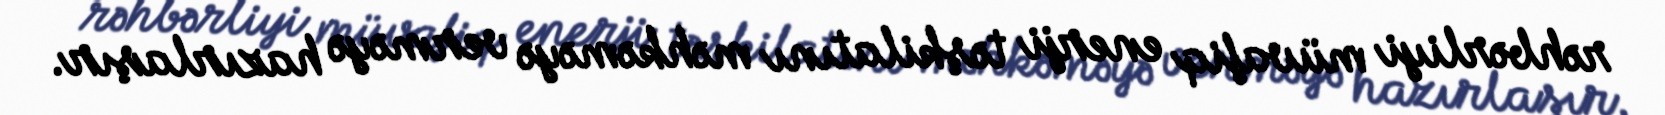
rəhbərliyi müvafiq enerji təşkilatını məhkəməyə verməyə hazırlaşır.